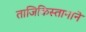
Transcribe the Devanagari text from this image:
ताजिकिस्तानाने